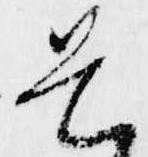
畏